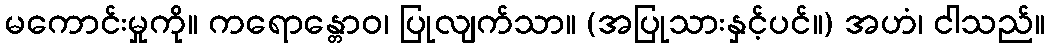
မကောင်းမှုကို။ ကရောန္တောဝ၊ ပြုလျက်သာ။ (အပြုသားနှင့်ပင်။) အဟံ၊ ငါသည်။